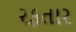
રફતાર